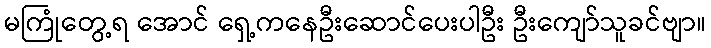
မကြုံတွေ့ရ အောင် ရှေ့ကနေဦးဆောင်ပေးပါဦး ဦးကျော်သူခင်ဗျာ။